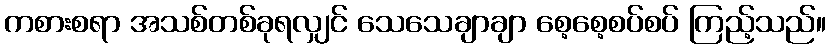
ကစားစရာ အသစ်တစ်ခုရလျှင် သေသေချာချာ စေ့စေ့စပ်စပ် ကြည့်သည်။